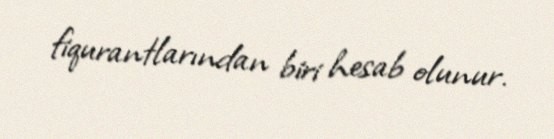
fiqurantlarından biri hesab olunur.